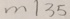
m \vert 3 5